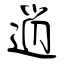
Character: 逍